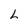
Character: L